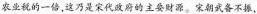
农业税的一倍，这乃是宋代政府的主要财源。宋朝武备不振，